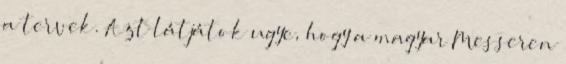
a tervek. Azt látjátok ugye, hogy a magyar Messeren